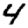
Digit: 4